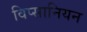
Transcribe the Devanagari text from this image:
विप्सानियन